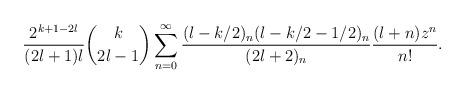
LaTeX: \begin{align*} \frac{2^{k+1-2l}}{(2l+1)l} {k \choose 2l-1} \sum_{n=0}^\infty \frac{(l-k/2)_n (l-k/2-1/2)_n}{(2l+2)_n} \frac{(l+n)z^n}{n!}.\end{align*}